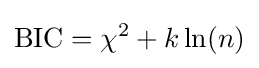
\mathrm {BIC} =\chi ^{2}+k\ln(n)